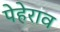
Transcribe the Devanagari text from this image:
पेहेराव